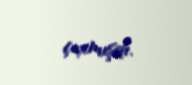
çıxmışdı.